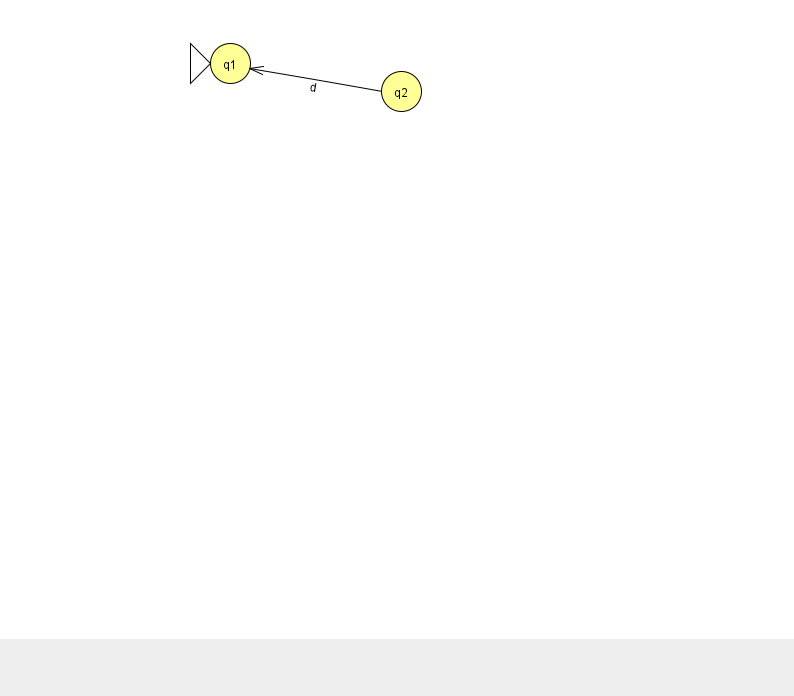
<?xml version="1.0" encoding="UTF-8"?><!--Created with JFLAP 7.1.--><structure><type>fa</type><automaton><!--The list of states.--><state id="1" name="q1"><x>230.0</x><y>50.0</y><initial/></state><state id="2" name="q2"><x>401.0</x><y>78.0</y></state><!--The list of transitions.--><transition><from>2</from><to>1</to><read>d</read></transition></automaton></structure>